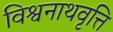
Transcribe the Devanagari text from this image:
विश्वनाथवृत्ति